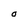
Character: O